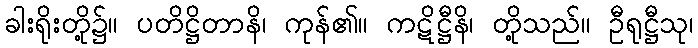
ခါးရိုးတို့၌။ ပတိဋ္ဌိတာနိ၊ ကုန်၏။ ကဋိဋ္ဌီနိ၊ တို့သည်။ ဦရုဋ္ဌီသု၊